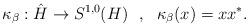
LaTeX: \begin{align*}\kappa_\beta: \hat{H} \rightarrow S^{1,0}(H)~~,~~\kappa_\beta(x)= xx^*.\end{align*}